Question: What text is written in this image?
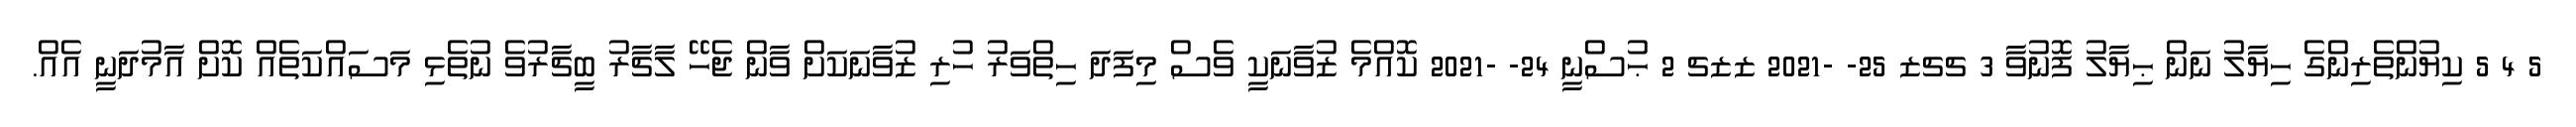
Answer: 5 4 5 ކިޔުންތެރިންގެ ހިޔާލު ނަން ޙިޔާލު ފޮނުވާ 3 ޗޗޒ 25- -2021 ޒޒޗ 2 ޙުސްނީ 24- -2021 ކޮއްމެ ޒުވާނަކީ ވެސް މިފަދަ ހިތްވަރު ހުރި ޒުވާނަކަށް ވާން ޖެހޭ ލާޗާރު ބީޗާރުވެ ނުތެޅި މަސައްކަތެއް ކޮށް އާމުދަނީ އެއް.